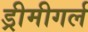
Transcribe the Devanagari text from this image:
ड्रीमीगर्ल